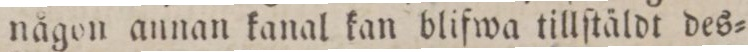
någon annan kanal kan blifwa tillſtäldt des=